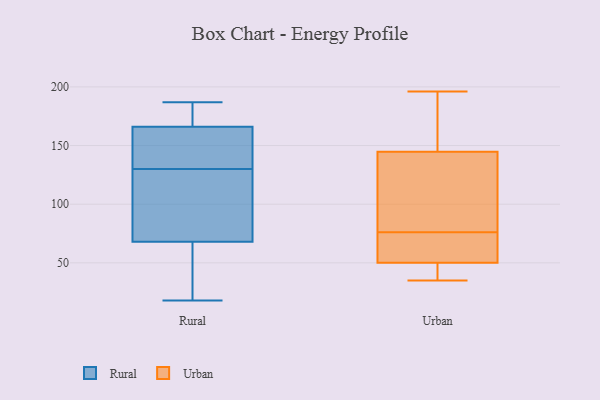
{"axis": {"x": "Production Output", "y": "Value"}, "legend": ["Rural", "Urban"], "data": [{"x": "", "y": 60, "type": "Rural"}, {"x": "", "y": 90, "type": "Rural"}, {"x": "", "y": 69, "type": "Rural"}, {"x": "", "y": 186, "type": "Rural"}, {"x": "", "y": 164, "type": "Rural"}, {"x": "", "y": 168, "type": "Rural"}, {"x": "", "y": 140, "type": "Rural"}, {"x": "", "y": 142, "type": "Rural"}, {"x": "", "y": 70, "type": "Rural"}, {"x": "", "y": 126, "type": "Rural"}, {"x": "", "y": 67, "type": "Rural"}, {"x": "", "y": 134, "type": "Rural"}, {"x": "", "y": 18, "type": "Rural"}, {"x": "", "y": 53, "type": "Rural"}, {"x": "", "y": 187, "type": "Rural"}, {"x": "", "y": 185, "type": "Rural"}, {"x": "", "y": 44, "type": "Urban"}, {"x": "", "y": 56, "type": "Urban"}, {"x": "", "y": 134, "type": "Urban"}, {"x": "", "y": 44, "type": "Urban"}, {"x": "", "y": 52, "type": "Urban"}, {"x": "", "y": 177, "type": "Urban"}, {"x": "", "y": 76, "type": "Urban"}, {"x": "", "y": 196, "type": "Urban"}, {"x": "", "y": 83, "type": "Urban"}, {"x": "", "y": 69, "type": "Urban"}, {"x": "", "y": 124, "type": "Urban"}, {"x": "", "y": 180, "type": "Urban"}, {"x": "", "y": 35, "type": "Urban"}]}